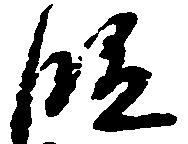
段